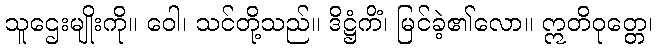
သူဌေးမျိုးကို။ ဝေါ၊ သင်တို့သည်။ ဒိဋ္ဌံကိံ၊ မြင်ခဲ့၏လော။ ဣတိဝုတ္တေ၊